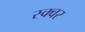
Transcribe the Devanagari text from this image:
स्क्वर